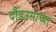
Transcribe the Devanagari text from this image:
दौंडउसाच्या